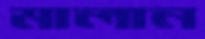
মালান